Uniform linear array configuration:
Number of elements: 64
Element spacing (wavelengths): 0.5
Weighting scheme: kaiser
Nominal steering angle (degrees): -60
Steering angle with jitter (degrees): -59.453
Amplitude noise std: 0.05
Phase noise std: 0.05

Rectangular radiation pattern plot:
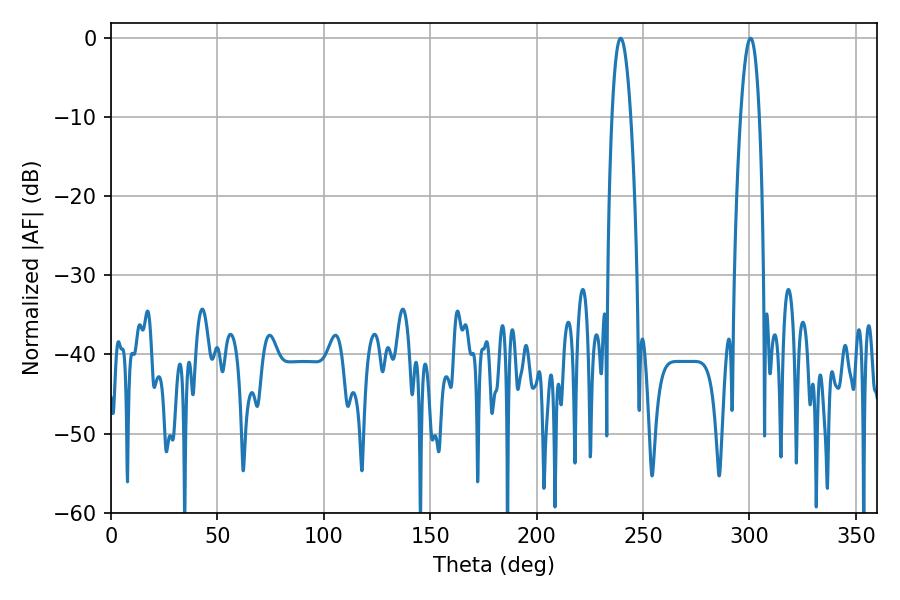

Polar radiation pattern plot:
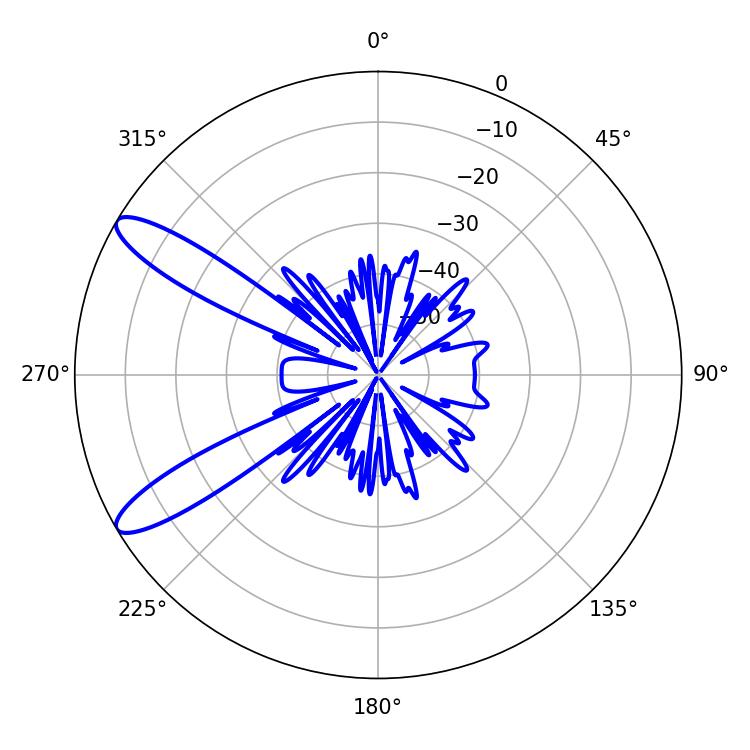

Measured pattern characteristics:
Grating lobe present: FALSE
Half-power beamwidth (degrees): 4.68
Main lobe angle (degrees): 239.4